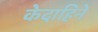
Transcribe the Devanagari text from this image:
केदाहिने